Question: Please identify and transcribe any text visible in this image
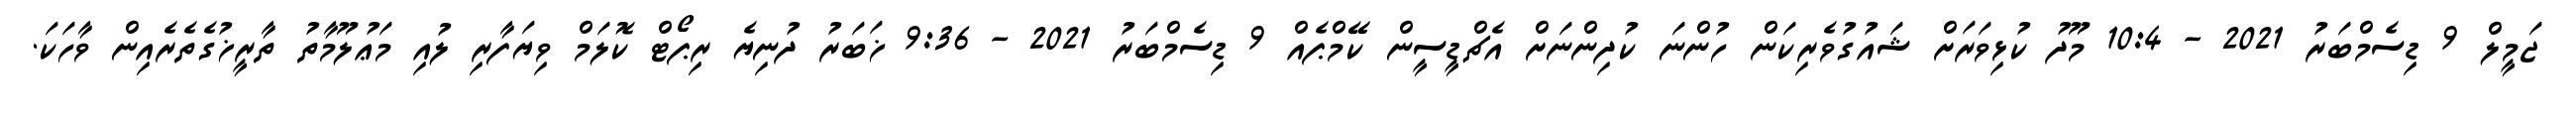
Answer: ޖަމީލް 9 ޑިސެމްބަރު 2021 - 10:4 މޫދު ކުޅިވަރަށް ޝައުގުވެރިކަން ހުންނަ ކުދިންނަށް އެޗްޑީސީން ކޭމްޕެއް 9 ޑިސެމްބަރު 2021 - 9:36 ޚަބަރު ދުނިޔެ ރިޕޯޓް ކޮލަމް ވިޔަފާރި ލުއި މަޢުލޫމާތު ތާރީޚުގެތެރެއިން ވާހަކަ.